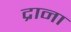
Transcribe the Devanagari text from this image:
द्राना